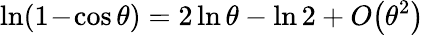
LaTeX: \ln(1\! -\! \cos\theta)=2\ln\theta-\ln 2+O\big(\theta^{2}\big)